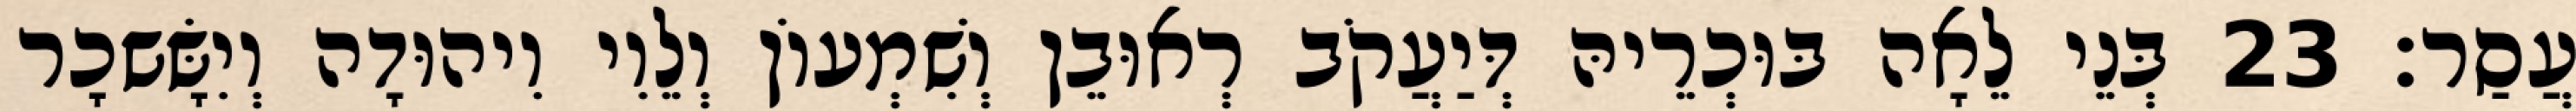
עֲסַר׃ 23 בְּנֵי לֵאָה בּוּכְרֵיהּ דְּיַעֲקֹב רְאוּבֵן וְשִׁמְעוֹן וְלֵוִי וִיהוּדָה וְיִשָּׂשכָר